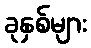
ခုနှစ်များ